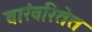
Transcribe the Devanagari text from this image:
वारंवरितेत